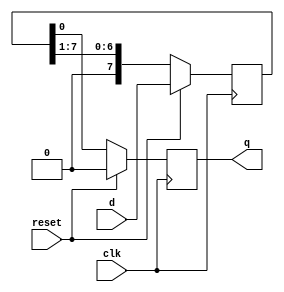
`timescale 1ns/1ps

module PISO (d, clk, reset, q);

	parameter n = 8;
	
	input[n-1:0] d;
	input clk, reset;
	
	output q;
	
	reg q;
	
	reg[n-1:0] temp;
	
	always @ (posedge clk)
	begin
		if(reset == 1'b1)
		begin
			temp <= d;
			q <= 1'b0;
		end
		
		else
		begin
			q <= temp[0];
			temp <= {1'b0, temp[n-1:1]};
		end
	
	end
endmodule